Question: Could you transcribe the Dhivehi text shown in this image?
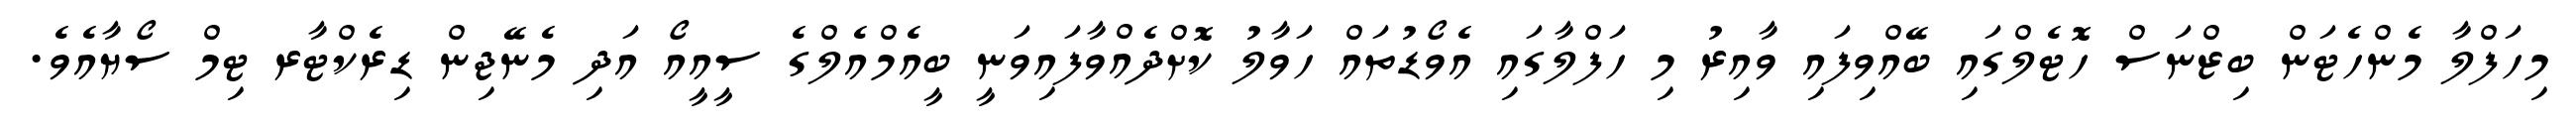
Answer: މިހަފްލާ މެންހެޓަން ބިޒްނަސް ހޮޓެލްގައި ބޭއްވިފައި ވާއިރު މި ހަފްލާގައި އެވޯޑުތައް ހަވާލު ކޮށްދެއްވާފައިވަނީ ބީއެމްއެލްގެ ސީއީއޯ އަދި މެނޭޖިން ޑިރެކްޓާރ ޓިމް ސޯޔާއެވެ.